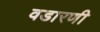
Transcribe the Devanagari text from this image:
वडारणी